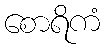
စောရိကံ